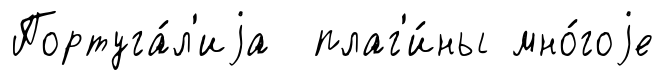
Португа́л'иjа плаг'и́ны мно́гоjе